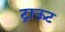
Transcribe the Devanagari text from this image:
ट्राऊट